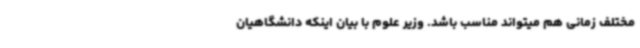
مختلف زمانی هم میتواند مناسب باشد. وزیر علوم با بیان اینکه دانشگاهیان